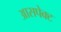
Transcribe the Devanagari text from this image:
आसपेक्ट